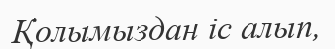
Қолымыздан іс алып,